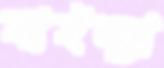
হাইল্যা